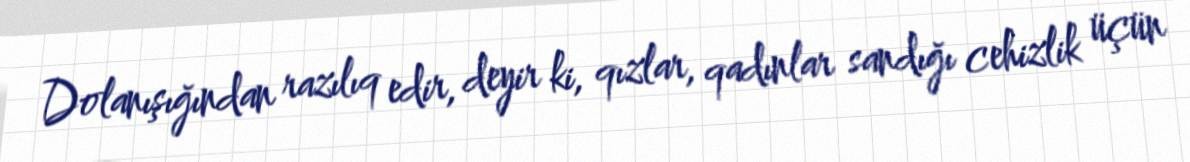
Dolanışığından razılıq edir, deyir ki, qızlar, qadınlar sandığı cehizlik üçün